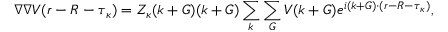
\nabla \nabla V ( \boldsymbol { r } - \boldsymbol { R } - \boldsymbol { \tau } _ { \kappa } ) = Z _ { \kappa } ( \boldsymbol { k } + \boldsymbol { G } ) ( \boldsymbol { k } + \boldsymbol { G } ) \sum _ { \boldsymbol { k } } \sum _ { \boldsymbol { G } } V ( \boldsymbol { k } + \boldsymbol { G ) } e ^ { i ( \boldsymbol { k } + \boldsymbol { G } ) \cdot ( \boldsymbol { r } - \boldsymbol { R } - \boldsymbol { \tau } _ { \kappa } ) } ,